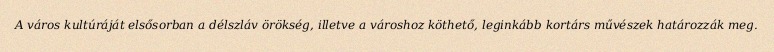
A város kultúráját elsősorban a délszláv örökség, illetve a városhoz köthető, leginkább kortárs művészek határozzák meg.